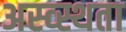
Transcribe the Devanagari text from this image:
अस्व्स्थता